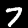
Digit: 7